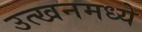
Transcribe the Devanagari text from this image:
उत्खनमध्ये